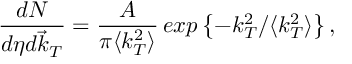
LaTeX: { \frac { d N } { d \eta d \vec { k } _ { T } } } = { \frac { A } { \pi \langle k _ { T } ^ { 2 } \rangle } } \, e x p \left\{ - k _ { T } ^ { 2 } / \langle k _ { T } ^ { 2 } \rangle \right\} ,